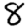
Digit: 8